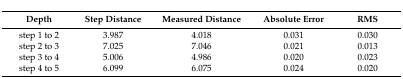
<table><thead><tr><td><b>Depth</b></td><td><b>Step Distance</b></td><td><b>Measured Distance</b></td><td><b>Absolute Error</b></td><td><b>RMS</b></td></tr></thead><tbody><tr><td>step 1 to 2</td><td>3.987</td><td>4.018</td><td>0.031</td><td>0.030</td></tr><tr><td>step 2 to 3</td><td>7.025</td><td>7.046</td><td>0.021</td><td>0.013</td></tr><tr><td>step 3 to 4</td><td>5.006</td><td>4.986</td><td>0.020</td><td>0.023</td></tr><tr><td>step 4 to 5</td><td>6.099</td><td>6.075</td><td>0.024</td><td>0.020</td></tr></tbody></table>